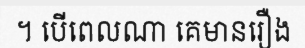
។ បើពេលណា គេមានរឿង